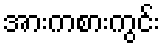
အားကစားကွင်း